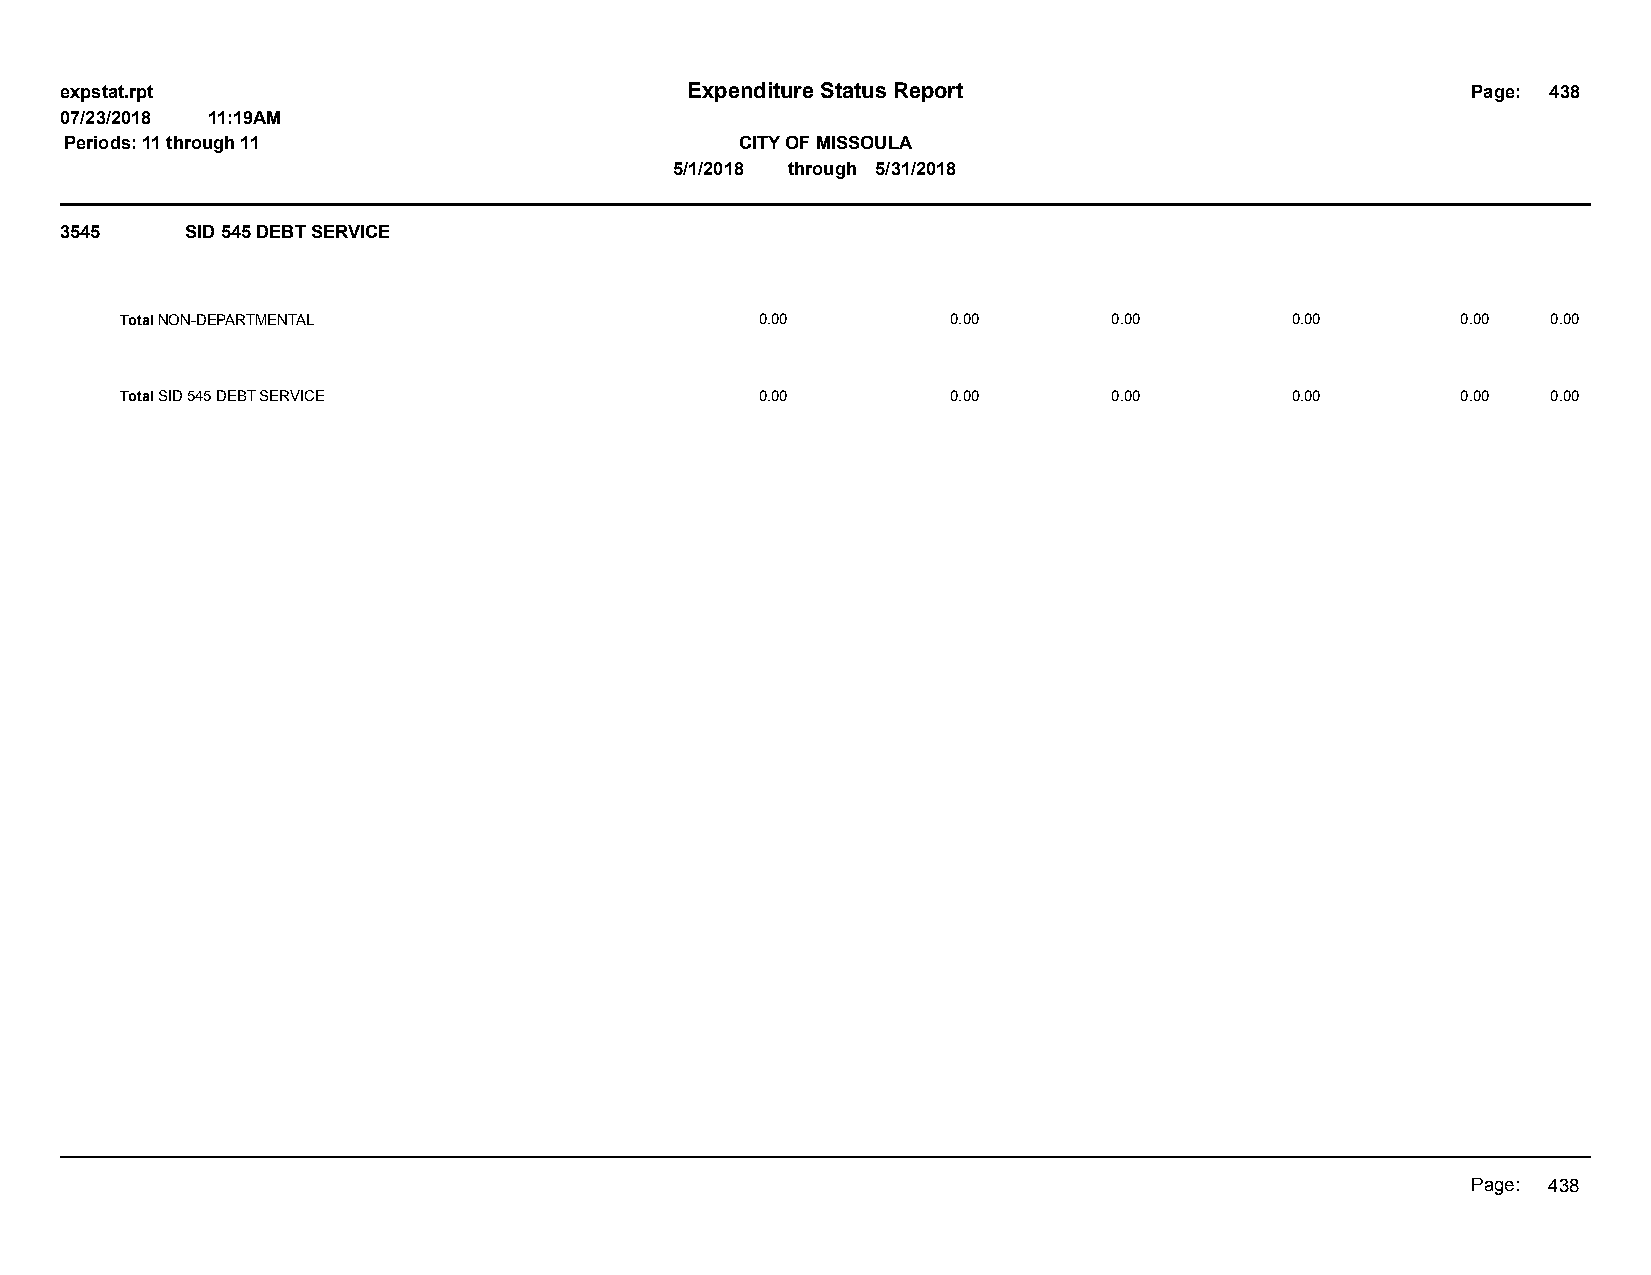
expstat.rpt                              Expenditure Status Report                           Page: 438
 07/23/2018 11:19AM
 Periods: 11 through 11                       CITY OF MISSOULA
 5/1/2018 through 5/31/2018
 3545    SID 545 DEBT SERVICE
 Total NON-DEPARTMENTAL                    0.00         0.00       0.00       0.00        0.00  0.00
 Total SID 545 DEBT SERVICE                0.00         0.00       0.00       0.00        0.00  0.00
 Page: 438